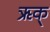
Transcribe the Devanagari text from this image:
ऋक्‌